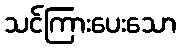
သင်ကြားပေးသော